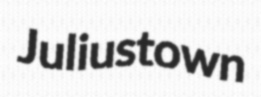
Juliustown